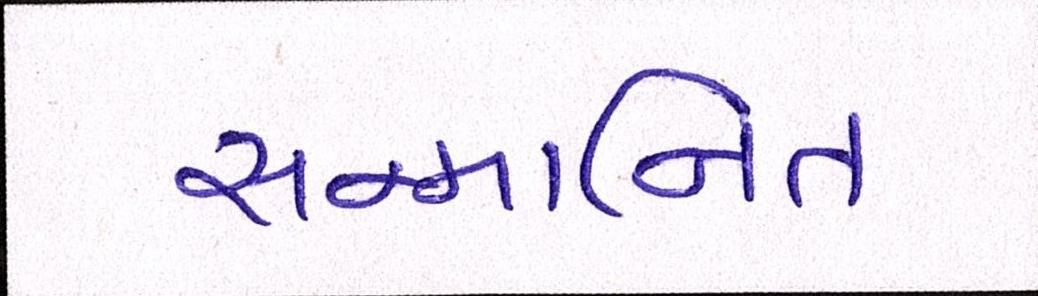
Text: સન્માનિત